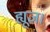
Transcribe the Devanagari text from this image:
ह्यूज।